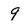
Character: 9